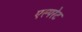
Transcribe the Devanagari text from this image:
एस्परेट